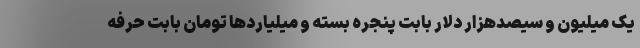
یک میلیون و سیصدهزار دلار بابت پنجره بسته و میلیاردها تومان بابت حرفه